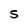
Character: S